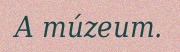
A múzeum.